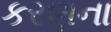
કરણના